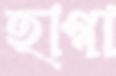
হাগা